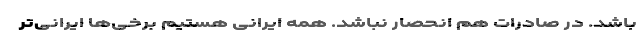
باشد. در صادرات هم انحصار نباشد. همه ایرانی هستیم برخی‌ها ایرانی‌تر